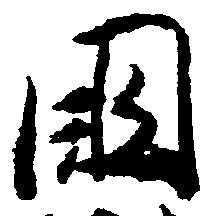
国